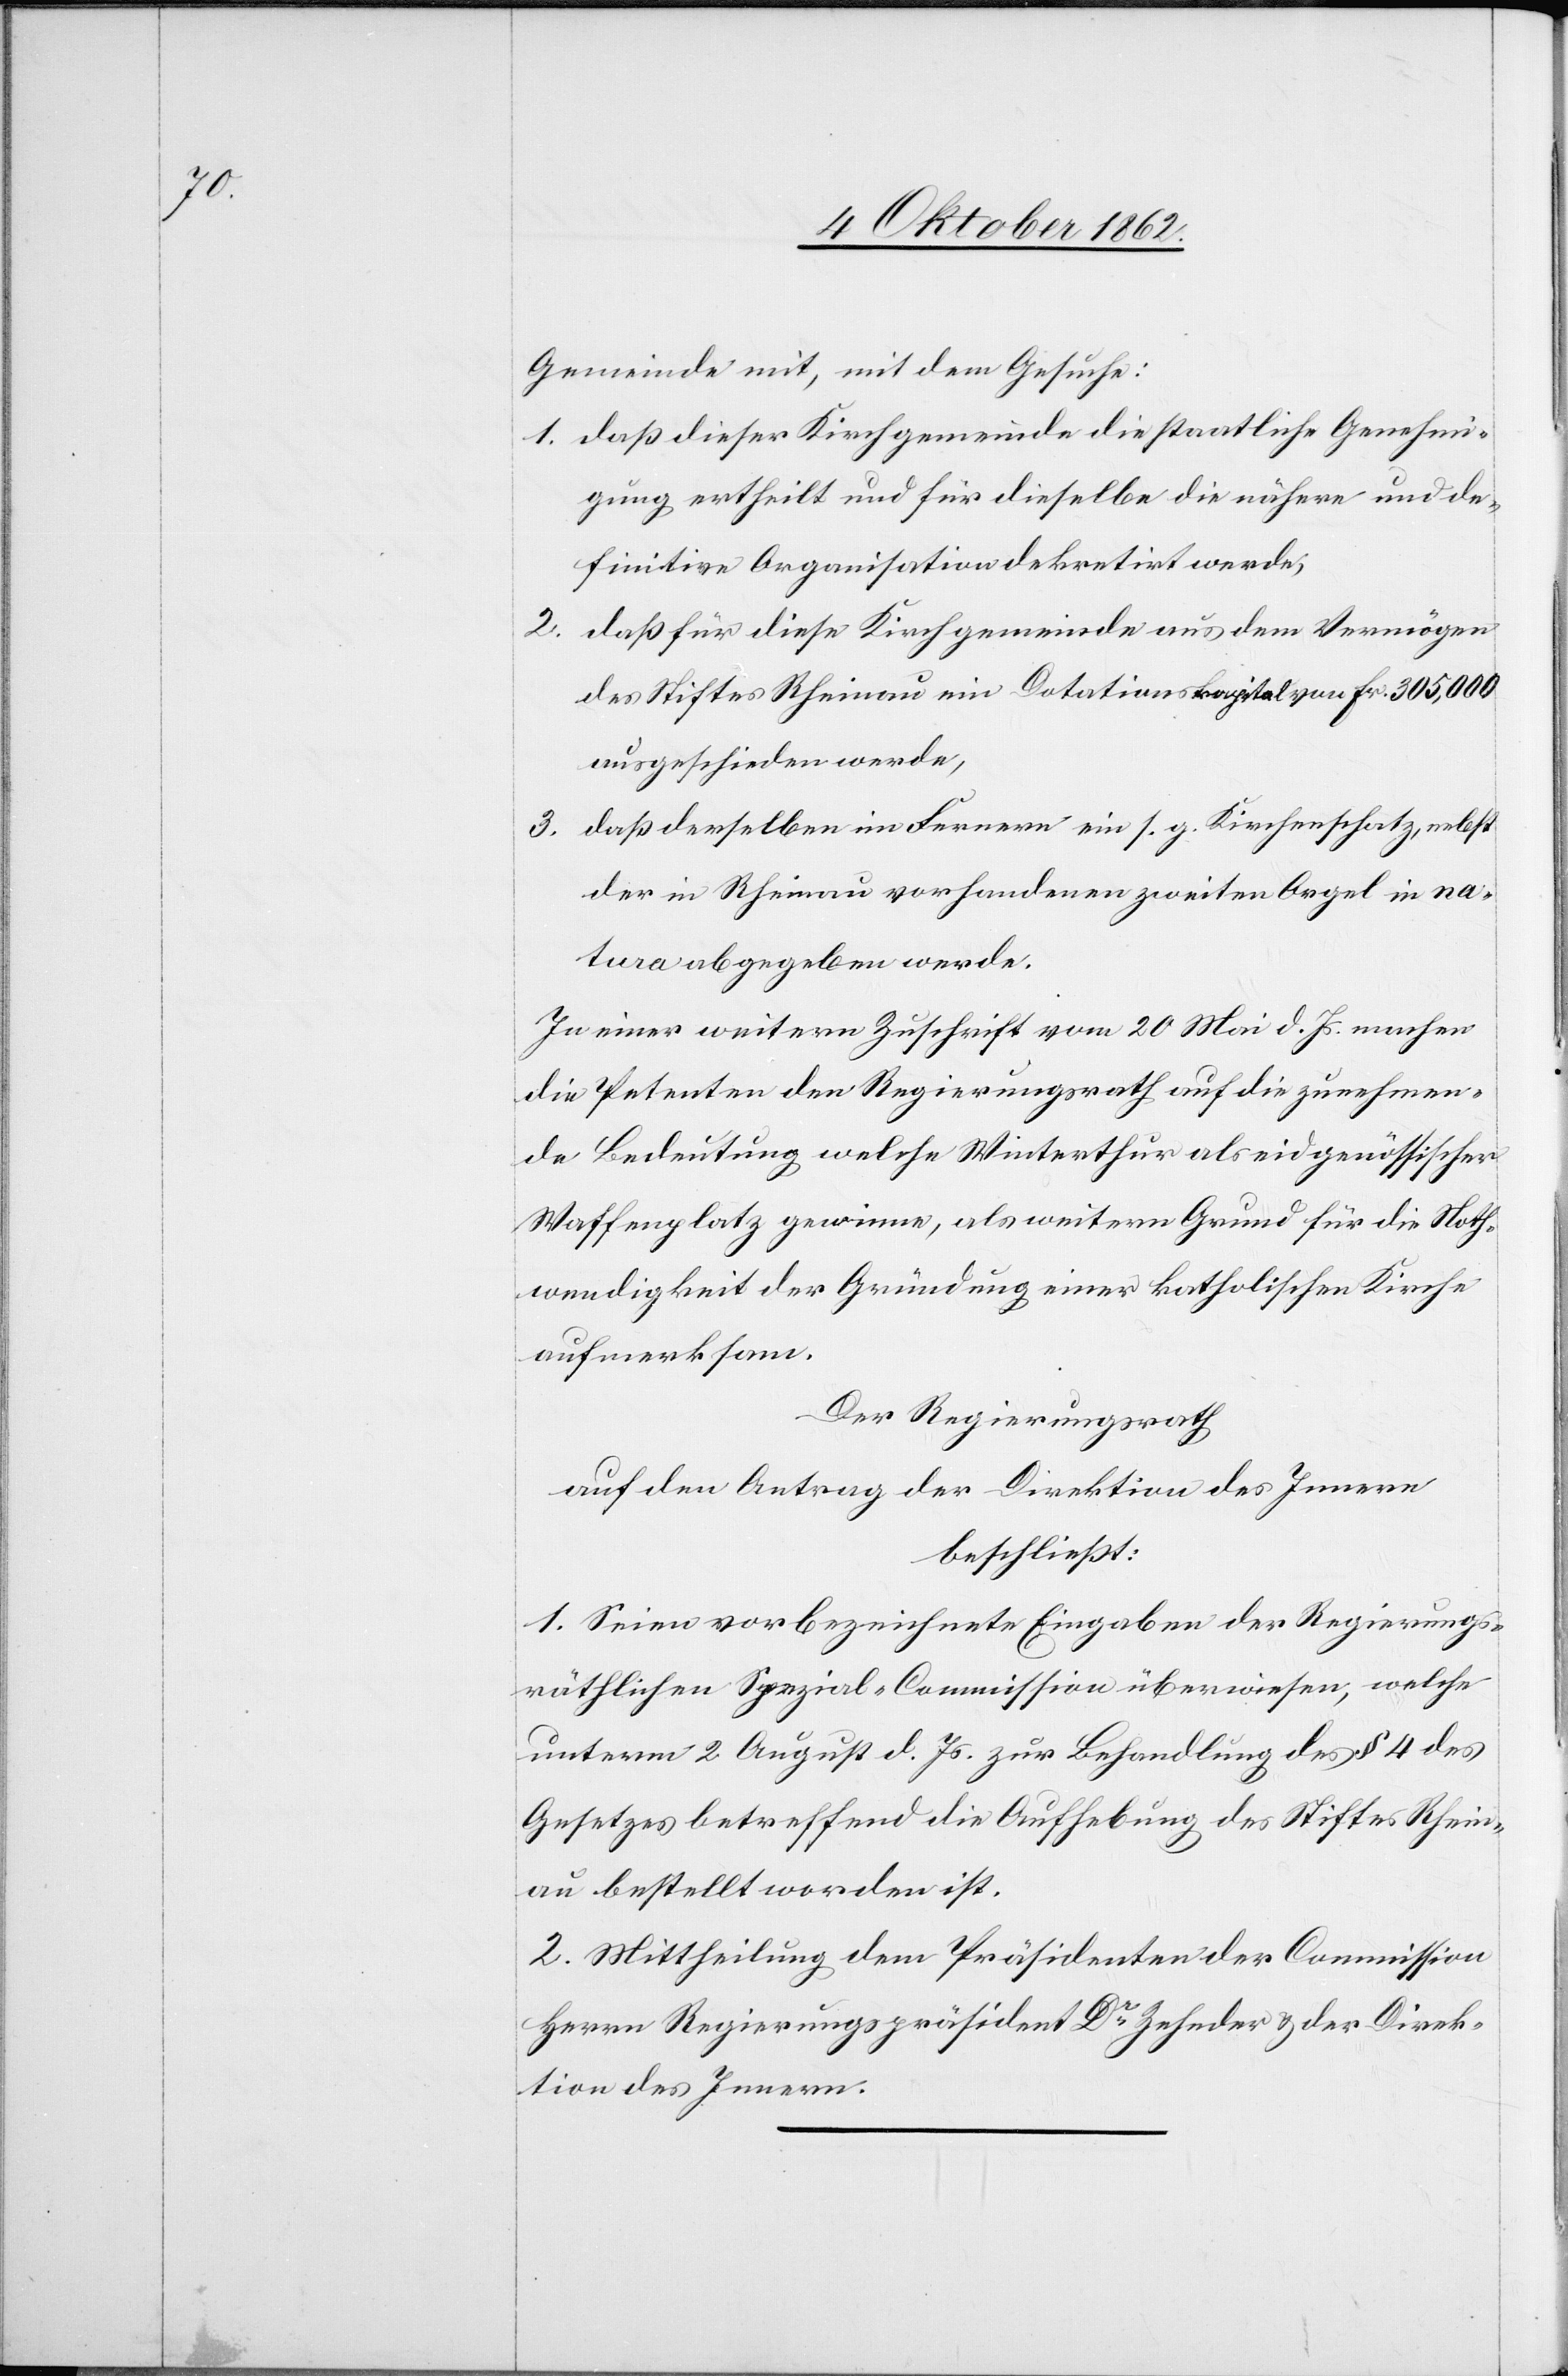
Gemeinde mit, mit dem Gesuche:
1. daß dieser Kirchgemeinde die staatliche Genehmi¬
gung ertheilt und für dieselbe die nähere und de¬
finitive Organisation dekretirt werde,
2. daß für diese Kirchgemeinde aus dem Vermögen
des Stiftes Rheinau ein Dotationskapital von Fr. 305,000
ausgeschieden werde,
3. daß derselbe im Fernern ein s. g. Kirchenschatz, nebst
der in Rheinau vorhandenen zweiten Orgel in na¬
tura abgegeben werde.
In einer weitern Zuschrift vom 20. Mai d. Js. machen
die Petenten den Regierungsrath auf die zunehmen¬
de Bedeutung welche Winterthur als eidgenössischer
Waffenplatz gewinne, als weitern Grund für die Noth¬
wendigkeit der Gründung einer katholischen Kirche
aufmerksam.
Der Regierungsrath
auf den Antrag der Direktion des Innern
beschließt:
1. Seien vorbezeichnete Eingaben der Regierungs¬
räthlichen Spezial-Commission überwiesen, welche
unterm 2. August d. Js. zur Behandlung des §. 4 des
Gesetzes betreffend die Aufhebung des Stiftes Rhein¬
au bestellt worden ist.
2. Mittheilung dem Präsidenten der Commission
Herrn Regierungspräsident Dr. Zehnder u. der Direk¬
tion des Innern.